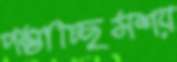
পস্তাচ্ছিসশয়